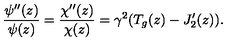
\frac { \psi ^ { \prime \prime } ( z ) } { \psi ( z ) } = \frac { \chi ^ { \prime \prime } ( z ) } { \chi ( z ) } = \gamma ^ { 2 } ( T _ { g } ( z ) - J _ { 2 } ^ { \prime } ( z ) ) .